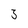
Character: 3